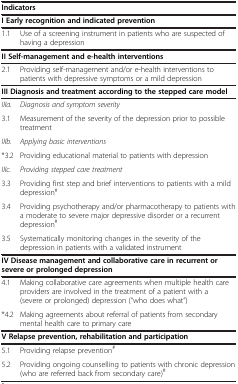
<table><thead><tr><td colspan="2"><b>Indicators</b></td></tr></thead><tbody><tr><td colspan="2"><b>I Early recognition and indicated prevention</b></td></tr><tr><td>1.1</td><td>Use of a screening instrument in patients who are suspected of having a depression</td></tr><tr><td colspan="2"><b>II Self-management and e-health interventions</b></td></tr><tr><td>2.1</td><td>Providing self-management and/or e-health interventions to patients with depressive symptoms or a mild depression</td></tr><tr><td colspan="2"><b>III Diagnosis and treatment according to the stepped care model</b></td></tr><tr><td><i>IIIa.</i></td><td><i>Diagnosis and symptom severity</i></td></tr><tr><td>3.1</td><td>Measurement of the severity of the depression prior to possible treatment</td></tr><tr><td><i>IIIb.</i></td><td><i>Applying basic interventions</i></td></tr><tr><td>*3.2</td><td>Providing educational material to patients with depression</td></tr><tr><td><i>IIIc.</i></td><td><i>Providing stepped care treatment</i></td></tr><tr><td>3.3</td><td>Providing first step and brief interventions to patients with a mild depression<sup>#</sup></td></tr><tr><td>3.4</td><td>Providing psychotherapy and/or pharmacotherapy to patients with a moderate to severe major depressive disorder or a recurrent depression<sup>#</sup></td></tr><tr><td>3.5</td><td>Systematically monitoring changes in the severity of the depression in patients with a validated instrument</td></tr><tr><td colspan="2"><b>IV Disease management and collaborative care in recurrent or severe or prolonged depression</b></td></tr><tr><td>4.1</td><td>Making collaborative care agreements when multiple health care providers are involved in the treatment of a patient with a (severe or prolonged) depression (“who does what”)</td></tr><tr><td>*4.2</td><td>Making agreements about referral of patients from secondary mental health care to primary care</td></tr><tr><td colspan="2"><b>V Relapse prevention, rehabilitation and participation</b></td></tr><tr><td>5.1</td><td>Providing relapse prevention<sup>#</sup></td></tr><tr><td>5.2</td><td>Providing ongoing counselling to patients with chronic depression (who are referred back from secondary care)<sup>#</sup></td></tr></tbody></table>